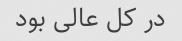
در کل عالی بود